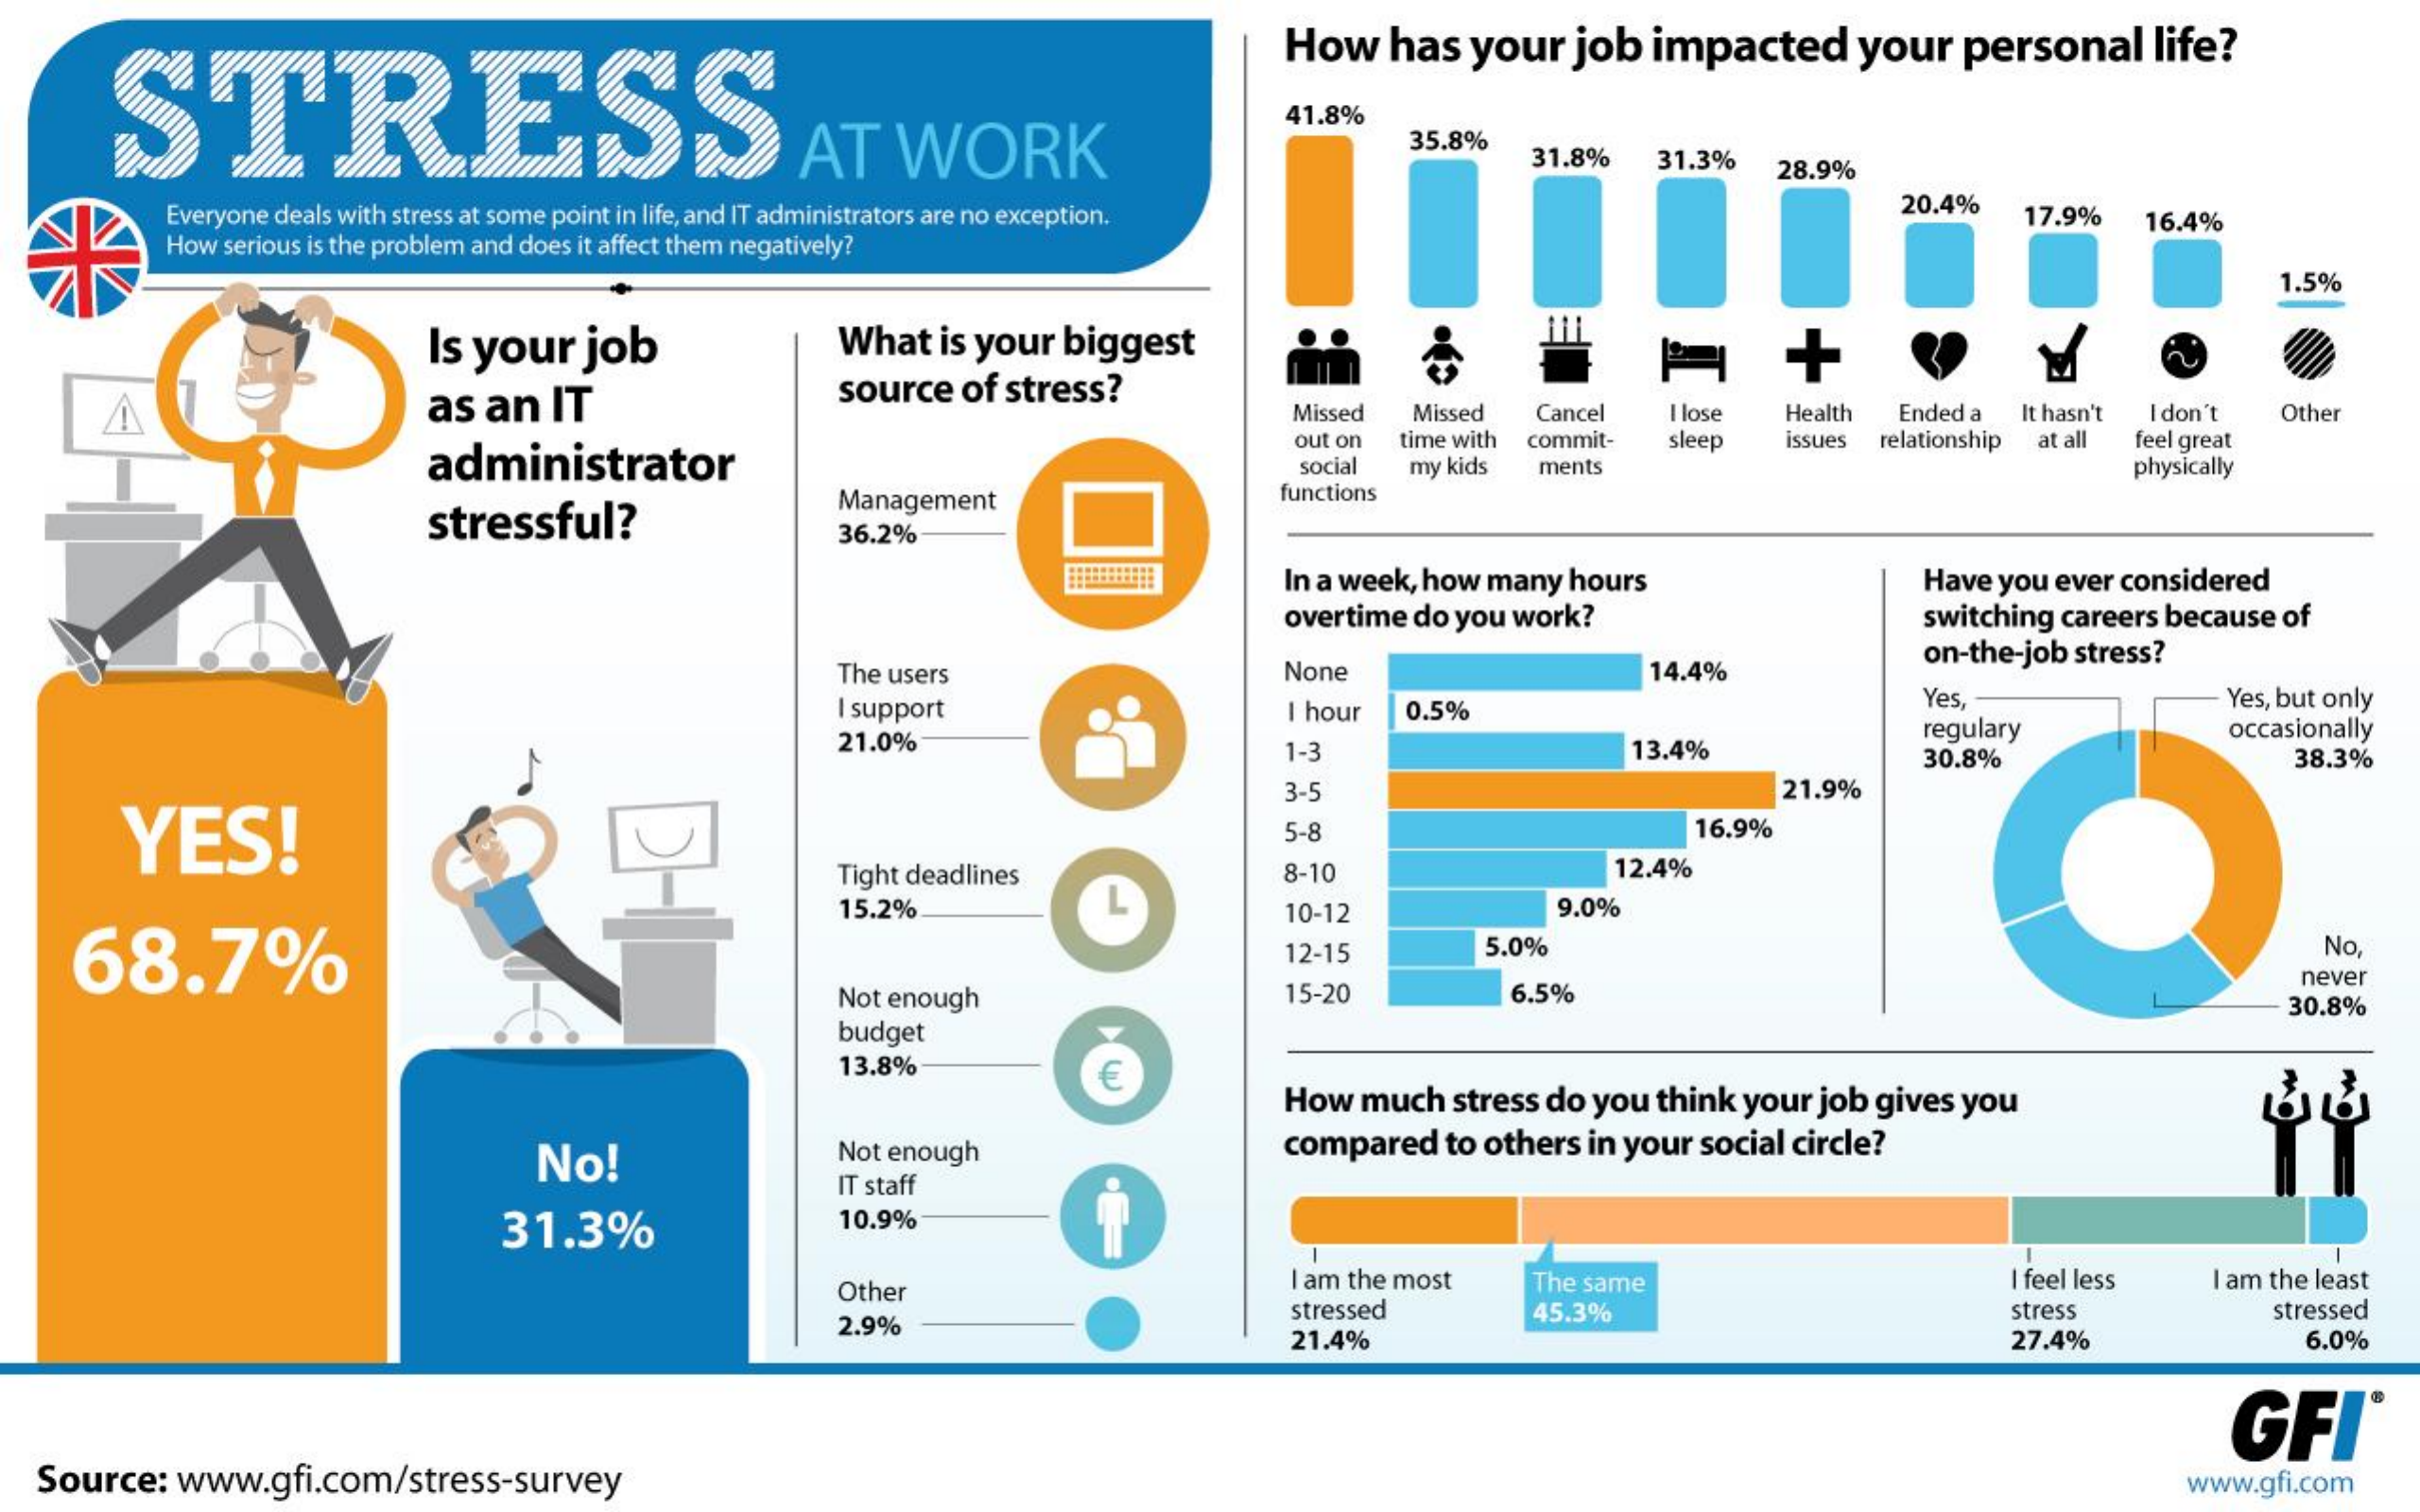
STRESS
     How    has    your    job   impacted    your    personal    life?
     AT    WORK
     41.8%
     35.8%
     31.8%    31.3%    28.9%
     Everyone deals with stress at some point in life, and IT administrators are no exception.
     20.4%
     How  serious is the problem and does it affect them negatively?
     17.9%    16.4%
     1.5%
     Is your    job    What    is your   biggest
     as  an   IT    source    of  stress?
     Missed    Missed   Cancel    I lose   Health   Ended a   It hasn't Idon't    Other
     administrator
     out on   time with commit-    sleep    issues relationship at all  feel great
     social  my kids    ments    physically
     stressful?
     Management    functions
     36.2%
     In a week, how many   hours    Have  you ever considered
     overtime  do you work?    switching  careers because  of
     The users    None    14.4%
     on-the-job  stress?
     I support    I hour   0.5%    Yes,    Yes, but only
     21.0%    1-3    13.4%
     regulary    occasionally
     30.8%    38.3%
     YES!
     3-5    21.9%
     5-8    16.9%
     Tight deadlines    8-10    12.4%
     68.7%
     15.2%    10-12    9.0%
     12-15    5.0%    No
     Not enough    15-20    6.5%
     never
     budget
     30.8%
     13.8%
     How  much    stress do  you  think  your job  gives  you
     No!    Not enough    compared    to others  in your  social  circle?
     IT staff
     31.3%    10.9%
     Other    I am the most    The same    I feel less    I am the least
     2.9%
     stressed    45.3%    stress    stressed
     21.4%    27.4%    6.0%
     GFI
   Source:    www.gfi.com/stress-survey    www.gfi.com